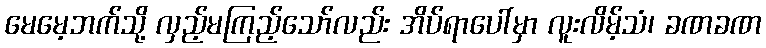
မေမေ့ဘက်သို့ လှည့်မကြည့်သော်လည်း အိပ်ရာပေါ်မှာ လူးလိမ့်သံ၊ ခဏခဏ